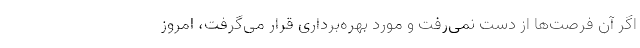
اگر آن فرصت‌ها از دست نمی‌رفت و مورد بهره‌برداری قرار می‌گرفت، امروز